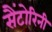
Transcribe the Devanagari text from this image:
सैंटोरिनी